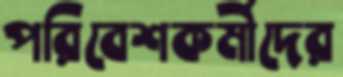
পরিবেশকর্মীদের